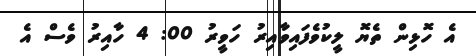
އެ ހޮޅިން ތެޔޮ ލީކުވެފައިވާއިރު ހަވީރު 00: 4 ހާއިރު ވެސް އެ